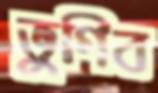
ভুগিব